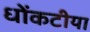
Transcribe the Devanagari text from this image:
धोंकटीया